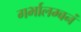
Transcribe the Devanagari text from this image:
गर्भालम्बनं